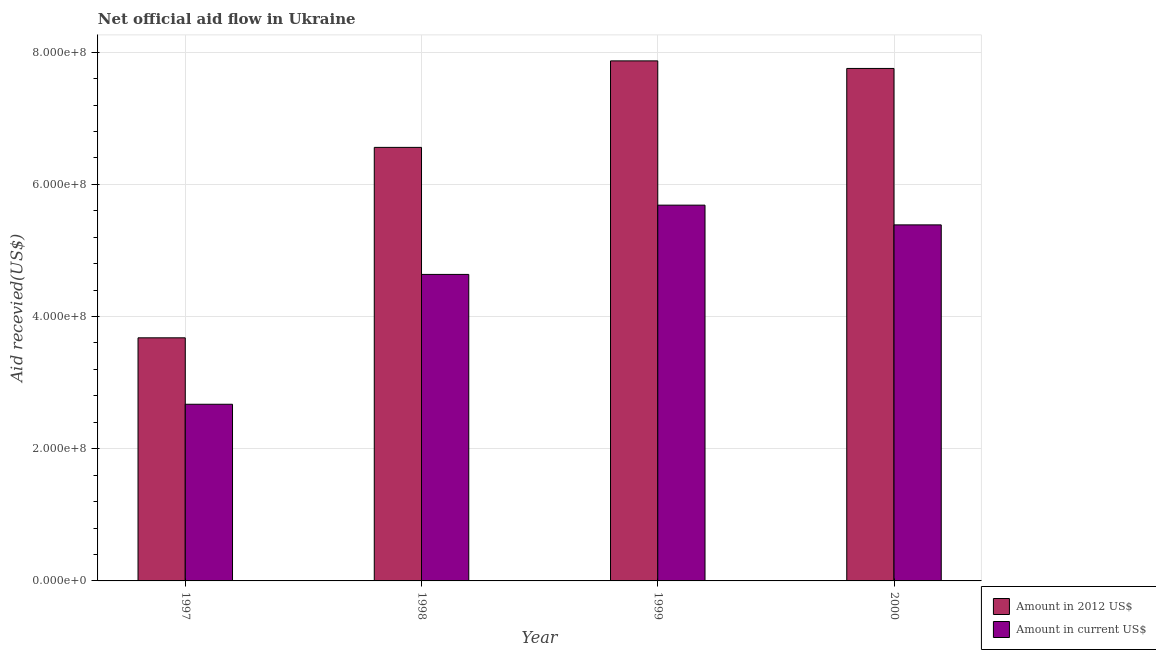
| Year | Amount in 2012 US$ | Amount in current US$ |
 | --- | --- | --- |
 | 1997 | 3.68e+08 | 2.67e+08 |
 | 1998 | 6.56e+08 | 4.64e+08 |
 | 1999 | 7.87e+08 | 5.69e+08 |
 | 2000 | 7.75e+08 | 5.39e+08 |